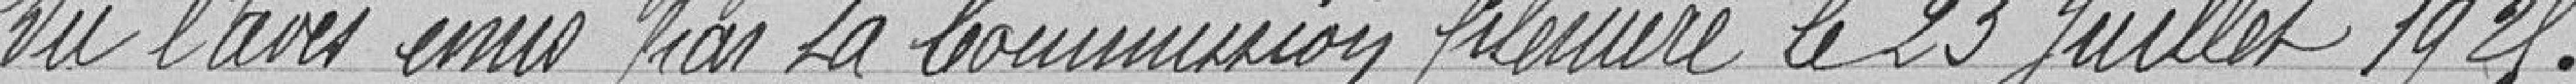
Vu l'avis émis par la commission plénière le 23 Juillet 1925,